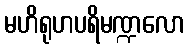
မဟိရုဟပရိမဏ္ဍလော